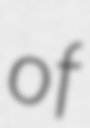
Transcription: of